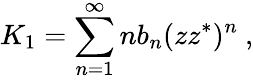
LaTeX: K_{1}=\sum_{n=1}^{\infty}nb_{n}(zz^{*})^{n}~,